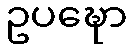
ဥပဍ္ဎော